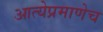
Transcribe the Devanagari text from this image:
आत्येप्रमाणेच